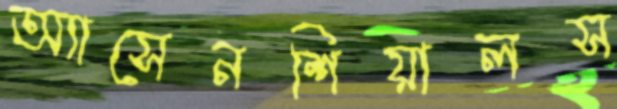
অ্যাসেনশিয়ালস